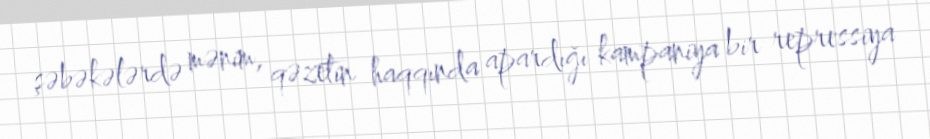
şəbəkələrdə mənim, qəzetin haqqında apardığı kampaniya bir repressiya